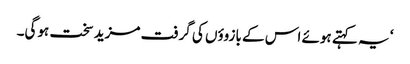
‘ یہ کہتے ہوئے اس کے بازوؤں کی گرفت مزید سخت ہوگی۔